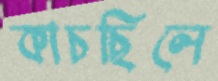
কাচছিলে